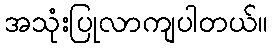
အသုံးပြုလာကျပါတယ်။